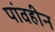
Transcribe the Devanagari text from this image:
पांवहीन